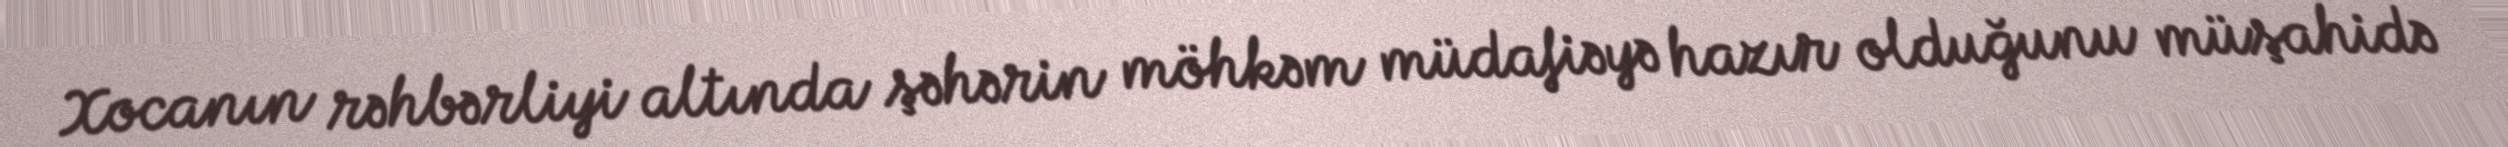
Xocanın rəhbərliyi altında şəhərin möhkəm müdafiəyə hazır olduğunu müşahidə